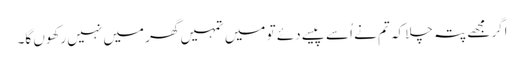
اگر مجھے پتہ چلا کہ تم نے اُسے پیسے دئے تو میں تمہیں گھر میں نہیں رکھوں گا۔